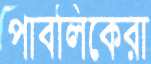
পাবলিকেরা